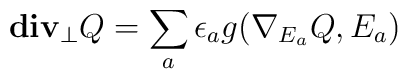
{\bf div_{\perp}}Q = \sum_a \epsilon_a g(\nabla_{E_a}Q,E_a)